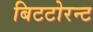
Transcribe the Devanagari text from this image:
बिटटोरन्ट